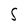
Character: S